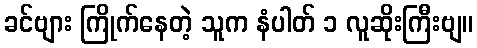
ခင်ဗျား ကြိုက်နေတဲ့ သူက နံပါတ် ၁ လူဆိုးကြီးဗျ။